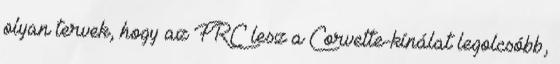
olyan tervek, hogy az FRC lesz a Corvette-kínálat legolcsóbb,